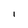
Character: l